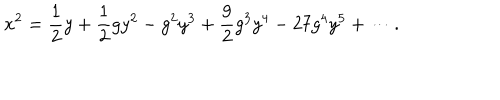
x ^ { 2 } = \frac { 1 } { 2 } y + \frac { 1 } { 2 } g y ^ { 2 } - g ^ { 2 } y ^ { 3 } + \frac { 9 } { 2 } g ^ { 3 } y ^ { 4 } - 2 7 g ^ { 4 } y ^ { 5 } + \cdots .